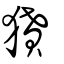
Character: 獖